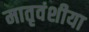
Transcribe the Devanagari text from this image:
मातृवंशीया